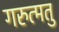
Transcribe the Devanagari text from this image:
गरुत्मतु